Annual report of the Bengal Veterinary College and of the Civil Veterinary Department, Bengal, for the year 1912-1913 - 1912-1913
Year: 1912
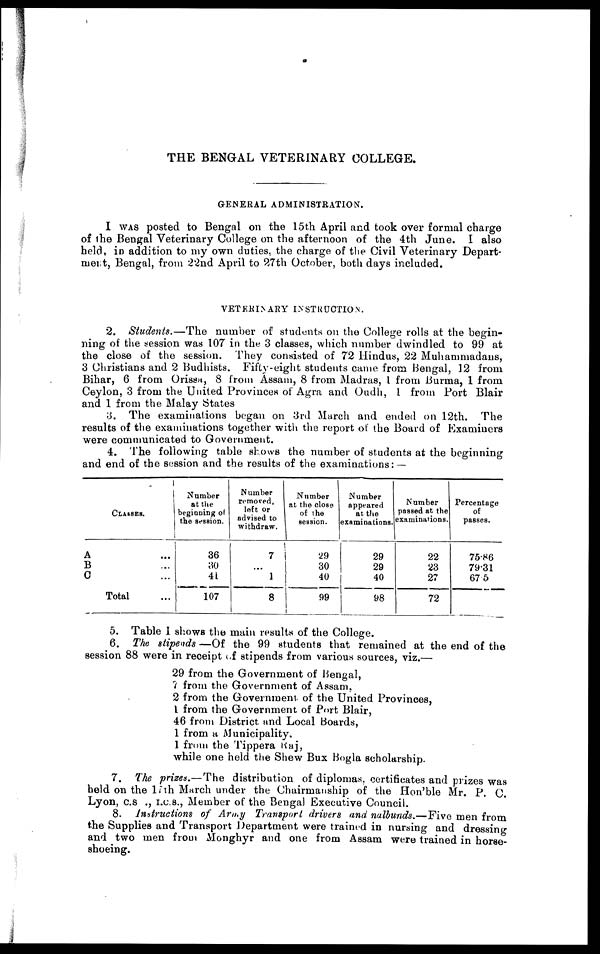
THE BENGAL VETERINARY COLLEGE.
GENERAL ADMINISTRATION.
I WAS posted to Bengal on the 15th April and took over formal charge
of the Bengal Veterinary College on the afternoon of the 4th June. I also
held, in addition to my own duties, the charge of the Civil Veterinary Depart-
ment, Bengal, from 22nd April to 27th October, both days included.
VETERINARY INSTRUCTION.
2. Students.—The
number of students on the College rolls at the begin-
ning of the session was 107 in the 3 classes, which number dwindled to 99 at
the close of the session. They consisted of 72 Hindus, 22 Muhammadans,
3 Christians and 2 Budhists. Fifty-eight students came from Bengal, 12 from
Bihar, 6 from Orissa, 8 from Assam, 8 from Madras, 1 from Burma, 1 from
Ceylon, 3 from the United Provinces of Agra and Oudh, 1 from Port Blair
and 1 from the Malay States
3. The examinations began on 3rd March and ended on 12th. The
results of the examinations together with the report of the Board of Examiners
were communicated to Government.
4. The following table shows the number of students at the beginning
and end of the session and the results of the examinations: —
A
B
C
CLASSES.
...
...
...
Total
Number
at the
beginning of
the session.
36
30
41
107
Number
removed,
left or
advised to
withdraw.
7
...
1
8
Number
at the close
of the
session.
29
30
40
99
Number
appeared
at the
examinations.
29
29
40
98
Number
passed at the
examinations.
22
23
27
72
Percentage
of
passes.
75.86
79.31
675
5. Table I shows the main results of the College.
6. The stipends —Of the 99 students that remained at the end of the
session 88 were in receipt of stipends from various sources, viz.—
29 from the Government of Bengal,
7 from the Government of Assam.
2 from the Government of the United Provinces,
1 from the Government of Port Blair,
46 from District and Local Boards,
1 from a Municipality.
1 from the Tippera Raj,
while one held the Shew Bux Bogla scholarship.
7. The prizes.—The
distribution of diplomas, certificates and prizes was
held on the 17th March under the Chairmanship of the Hon'ble Mr. P. C.
Lyon, c.s ., I.C.S., Member of the Bengal Executive Council.
8. Instructions of Army Transport drivers and nalbunds.—Five men from
the Supplies and Transport Department were trained in nursing and dressing
and two men from Monghyr and one from Assam were trained in horse-
shoeing.